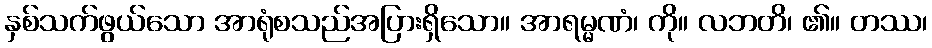
နှစ်သက်ဖွယ်သော အာရုံစသည်အပြားရှိသော။ အာရမ္မဏံ၊ ကို။ လဘတိ၊ ၏။ တဿ၊